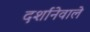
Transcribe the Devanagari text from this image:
दर्शानेवाले